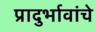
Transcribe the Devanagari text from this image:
प्रादुर्भावांचे